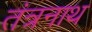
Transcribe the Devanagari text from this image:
तंंत्रनाथ